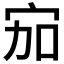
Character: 𱚅